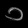
Digit: ၁